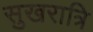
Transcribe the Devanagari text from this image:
सुखरात्रि